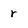
Character: r